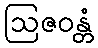
ဩဇဝန္တံ